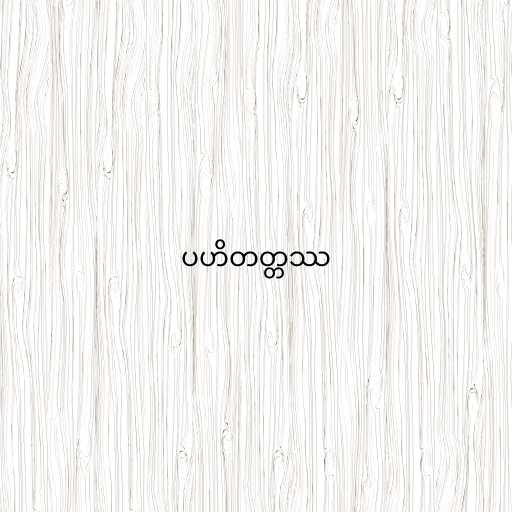
ပဟိတတ္တဿ